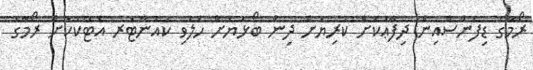
ރޯމާގެ ޑިފެންސްއިން ދިފާޢުކޮށް ކުރިޔަށް ދިން ބޯޅަޔަށް ހަލުވި ކައުންޓަރ އެޓޭކަކަށް ރޯމާގެ